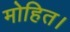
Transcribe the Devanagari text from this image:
मोहित।